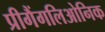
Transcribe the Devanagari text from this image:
प्रीगैंगलिओनिक